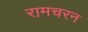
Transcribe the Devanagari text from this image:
रामचरन